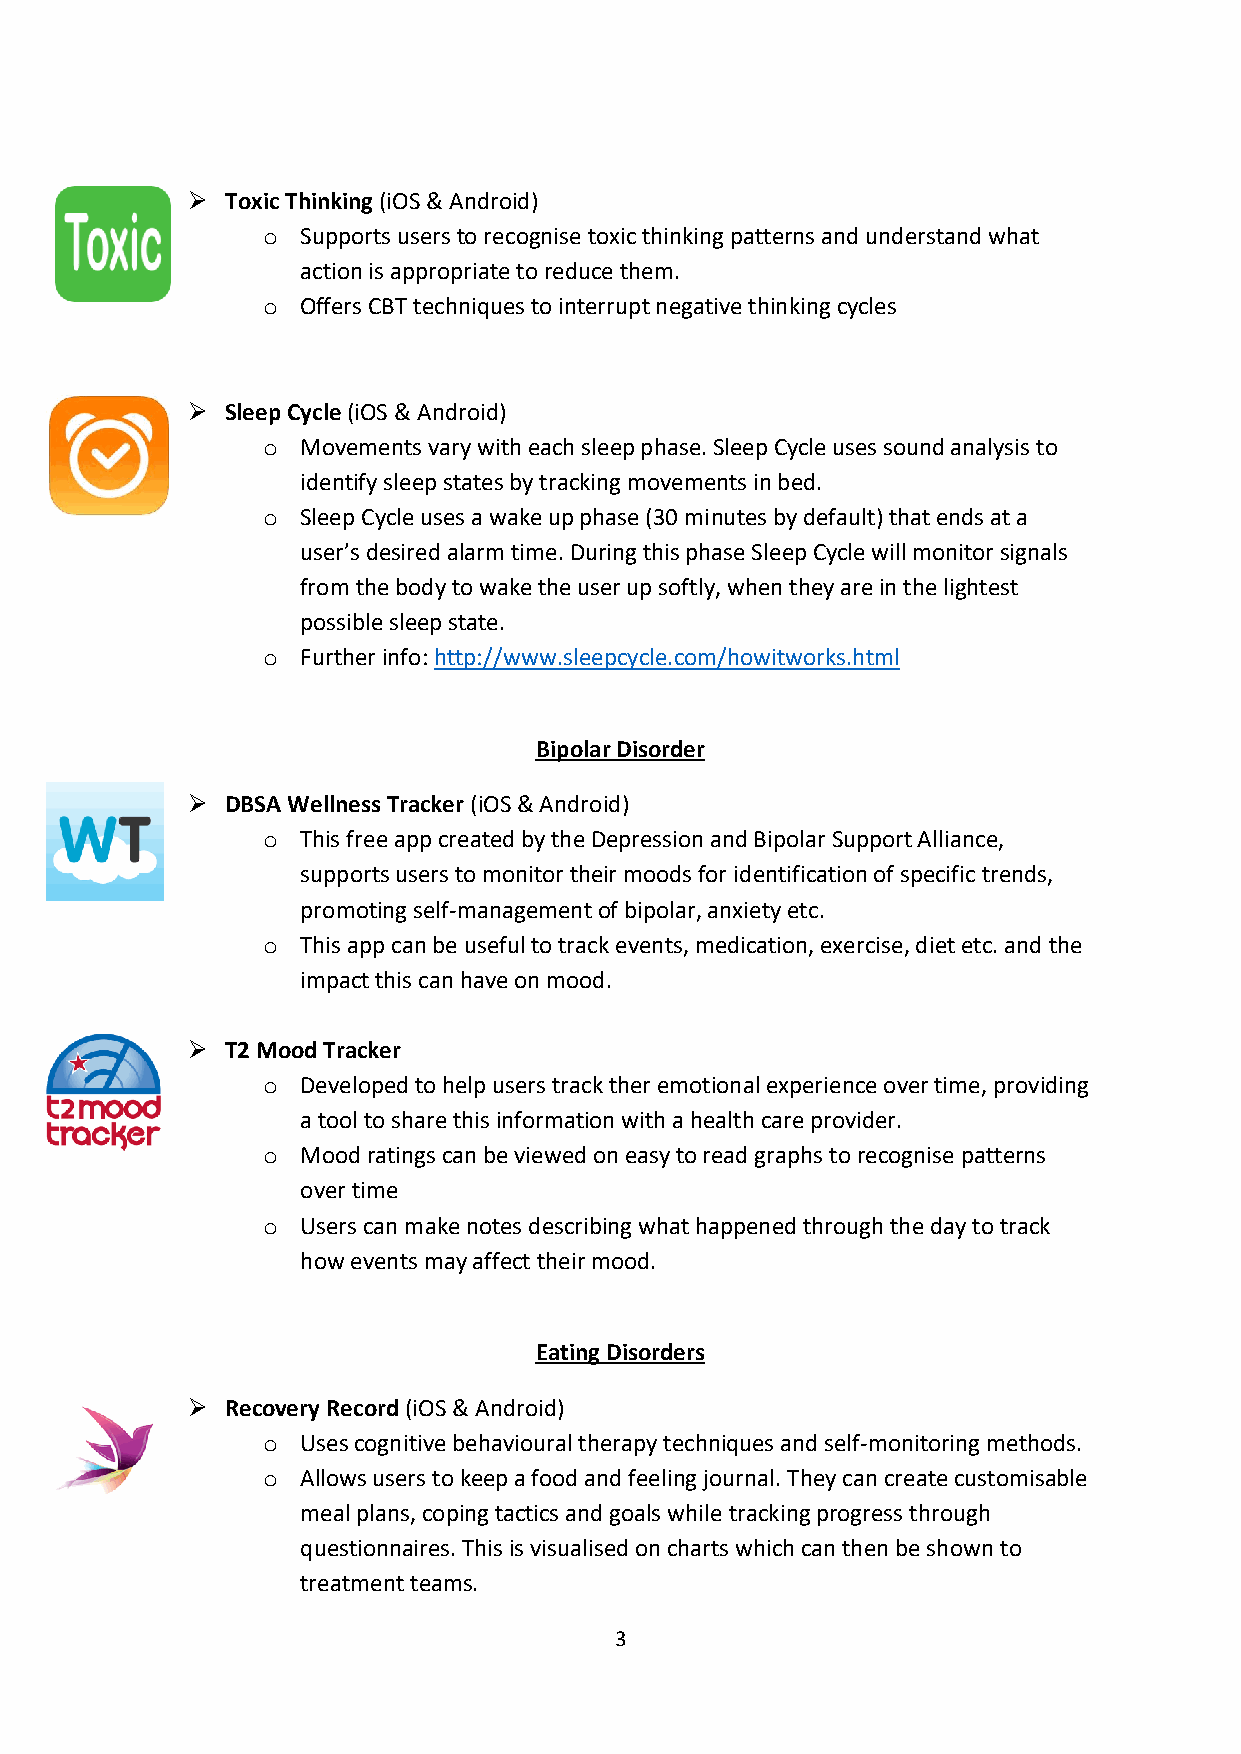
➢  Toxic Thinking (iOS & Android)
 o  Supports users to recognise toxic thinking patterns and understand what
 action is appropriate to reduce them.
 o  Offers CBT techniques to interrupt negative thinking cycles
 ➢  Sleep Cycle (iOS & Android)
 o  Movements vary with each sleep phase. Sleep Cycle uses sound analysis to
 identify sleep states by tracking movements in bed.
 o  Sleep Cycle uses a wake up phase (30 minutes by default) that ends at a
 user’s desired alarm time. During this phase Sleep Cycle will monitor signals
 from the body to wake the user up softly, when they are in the lightest
 possible sleep state.
 o  Further info: http://www.sleepcycle.com/howitworks.html
 Bipolar Disorder
 ➢  DBSA Wellness Tracker (iOS & Android)
 o  This free app created by the Depression and Bipolar Support Alliance,
 supports users to monitor their moods for identification of specific trends,
 promoting self-management of bipolar, anxiety etc.
 o  This app can be useful to track events, medication, exercise, diet etc. and the
 impact this can have on mood.
 ➢  T2 Mood Tracker
 o  Developed to help users track ther emotional experience over time, providing
 a tool to share this information with a health care provider.
 o  Mood ratings can be viewed on easy to read graphs to recognise patterns
 over time
 o  Users can make notes describing what happened through the day to track
 how events may affect their mood.
 Eating Disorders
 ➢  Recovery Record (iOS & Android)
 o  Uses cognitive behavioural therapy techniques and self-monitoring methods.
 o  Allows users to keep a food and feeling journal. They can create customisable
 meal plans, coping tactics and goals while tracking progress through
 questionnaires. This is visualised on charts which can then be shown to
 treatment teams.
 3